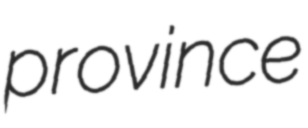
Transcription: province